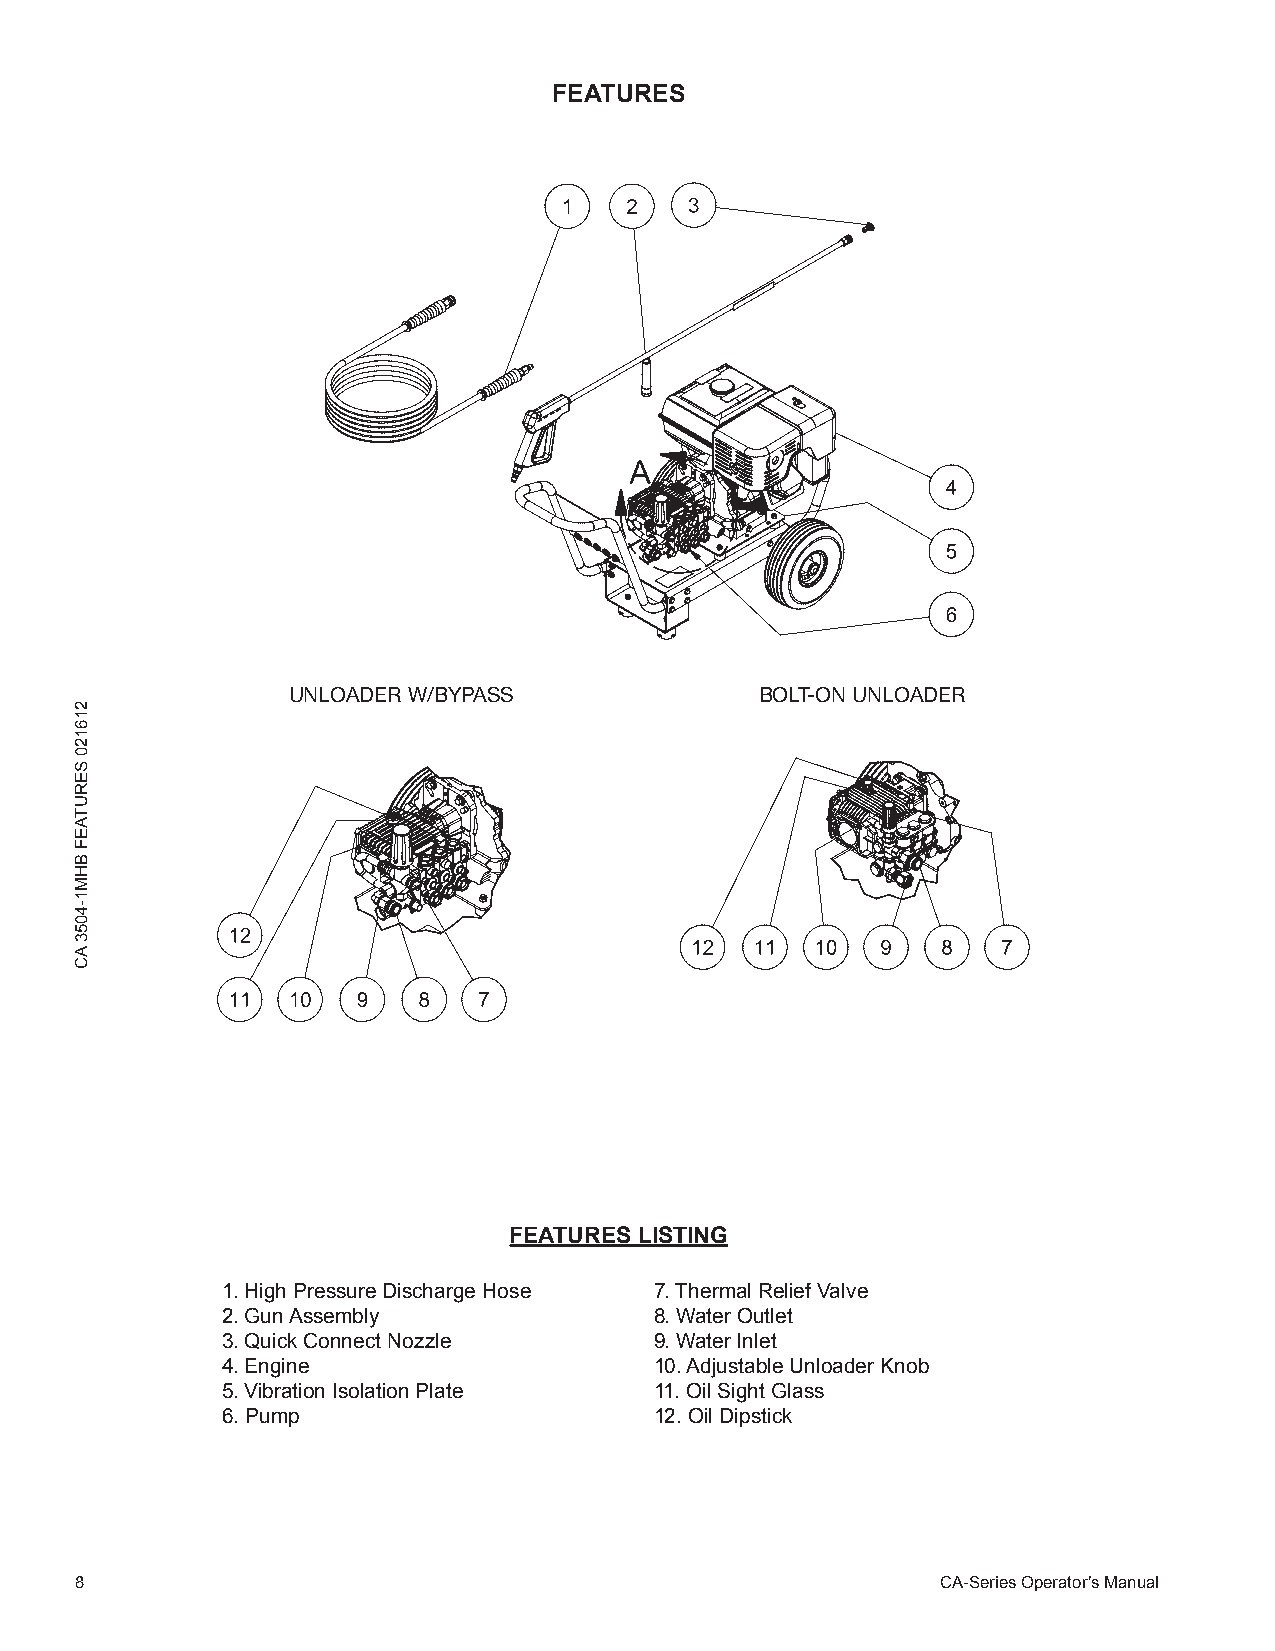
FEATURES
 UNLOADER W/BYPASS              BOLT-ON UNLOADER
 FEATURES LISTING
 1. High Pressure Discharge Hose 7. Thermal Relief Valve
 2. Gun Assembly             8. Water Outlet
 3. Quick Connect Nozzle     9. Water Inlet
 4. Engine                   10. Adjustable Unloader Knob
 5. Vibration Isolation Plate 11. Oil Sight Glass
 6. Pump                     12. Oil Dipstick
 8                                                        CA-Series Operator’s Manual
 216120
 SERUTAEF
 BHM1-4053
 AC